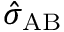
\hat { \sigma } _ { \mathrm { A B } }